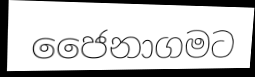
ජෛනාගමට